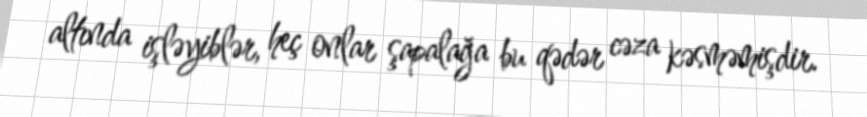
altında işləyiblər, heç onlar şapalağa bu qədər cəza kəsməmişdir.